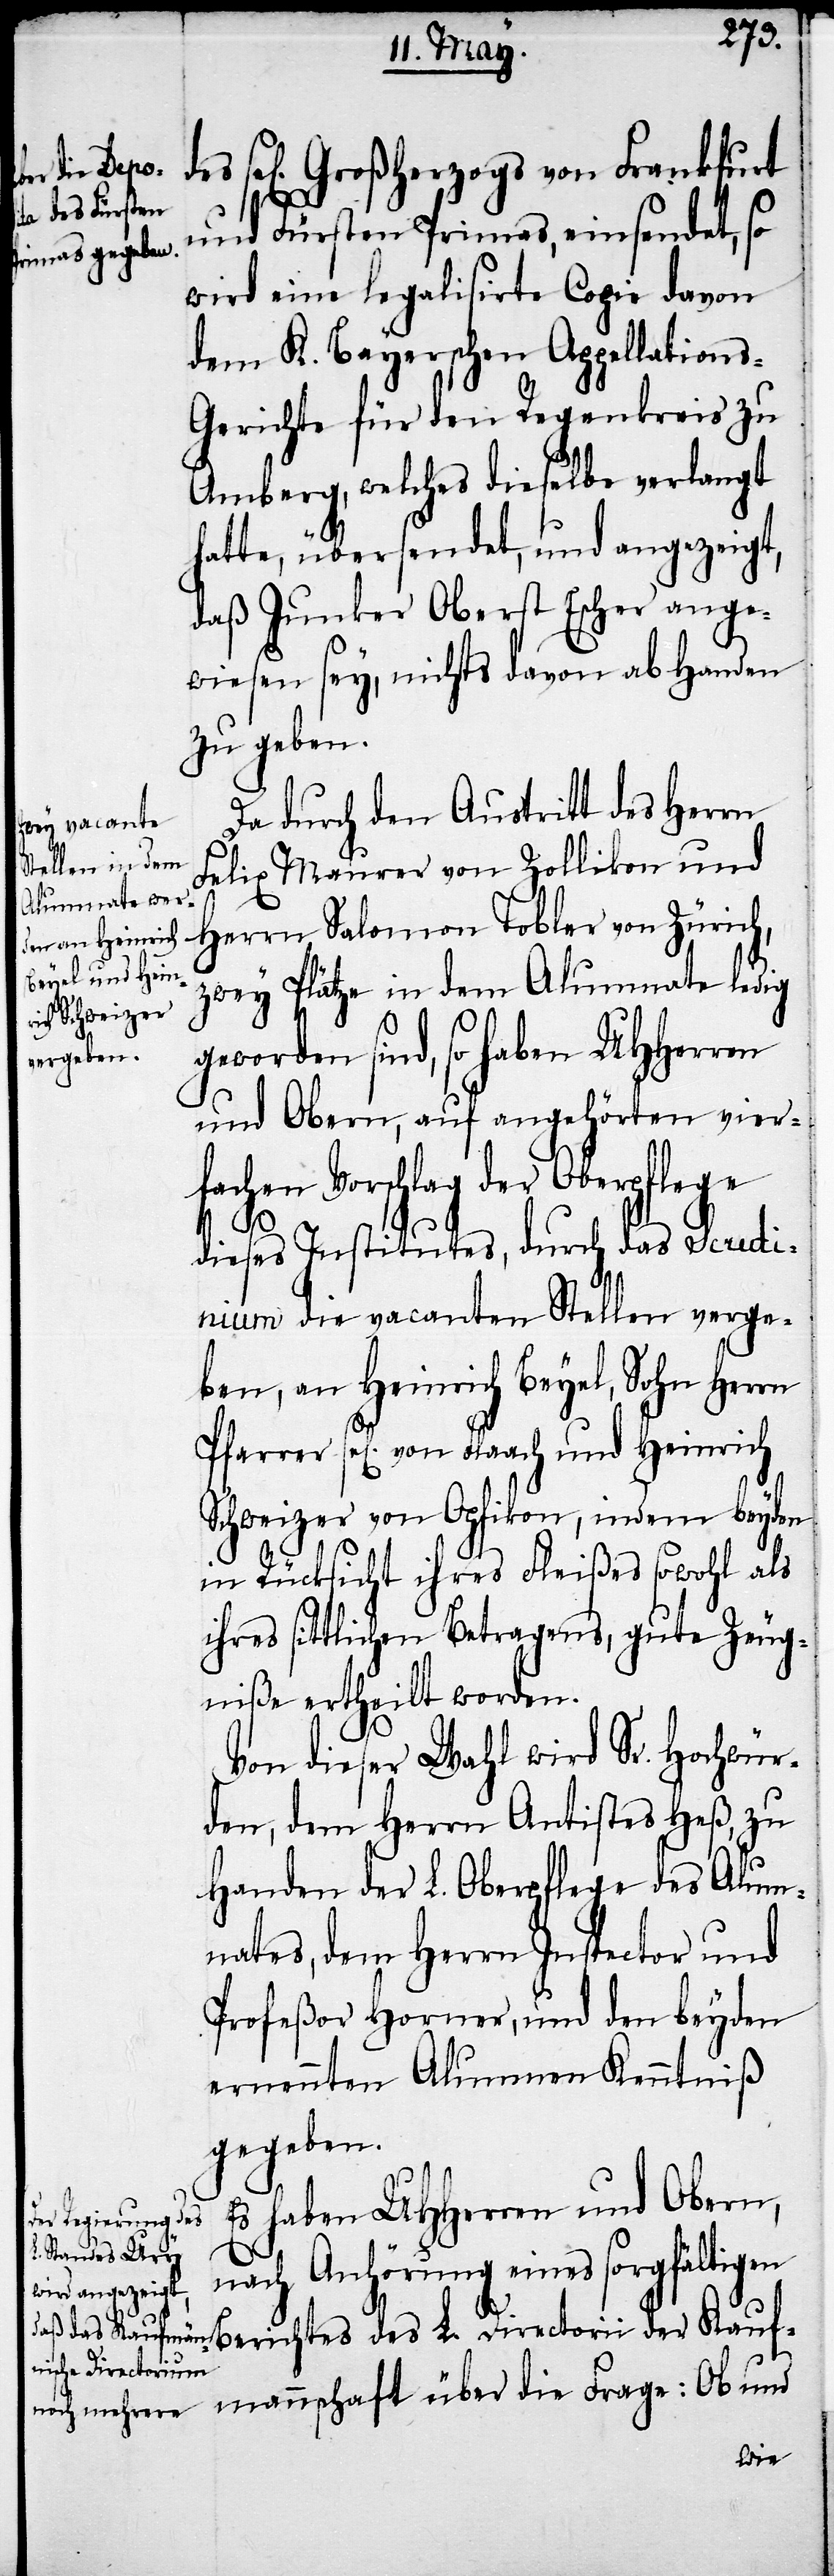
Es haben UHHerren und Obern,
nach Anhörung eines sorgfältigen
des L. Directorii
der Kaufmannschaft über die Frage: Ob und